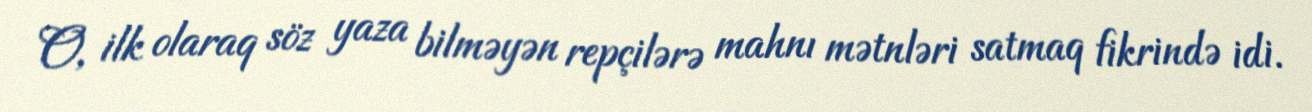
O, ilk olaraq söz yaza bilməyən repçilərə mahnı mətnləri satmaq fikrində idi.